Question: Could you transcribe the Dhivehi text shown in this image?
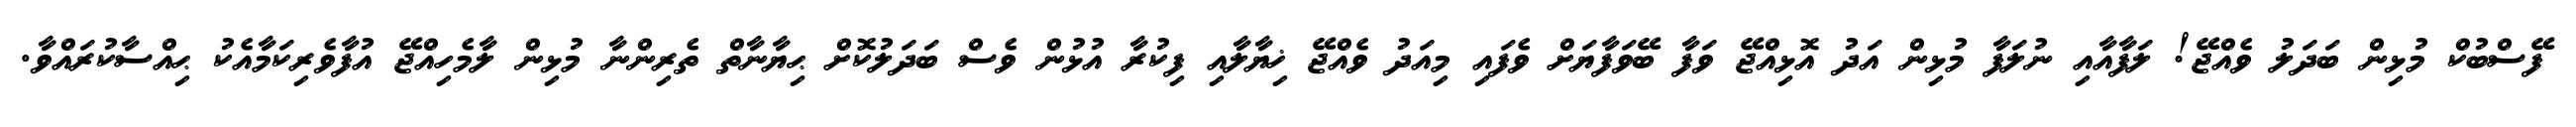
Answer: ފޭސްބުކް މުޅިން ބަދަލު ވެއްޖޭ! ލަފާއާއި ނުލަފާ މުޅިން އަދު އޮޅިއްޖޭ ވަފާ ބޭވަފާޔަށް ވެފައި މިއަދު ވެއްޖޭ ޚިޔާލާއި ފިކުރާ އުޅުން ވެސް ބަދަލުކޮށް ޙިޔާނާތް ތެރިންނާ މުޅިން ލާމެހިއްޖޭ އުފާވެރިކަމާއެކު ޙިއްސާކުރައްވާ.